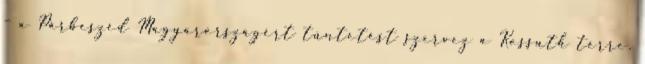
– a Párbeszéd Magyarországért tüntetést szervez a Kossuth térre.